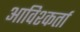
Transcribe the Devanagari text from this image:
आविश्कर्ता